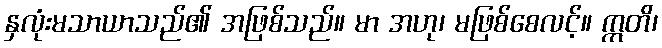
နှလုံးမသာယာသည်၏ အဖြစ်သည်။ မာ အဟု၊ မဖြစ်စေလင့်။ ဣတိ၊